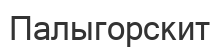
Палыгорскит